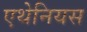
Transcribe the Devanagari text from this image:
एथेनियस